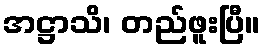
အဋ္ဌာသိ၊ တည်ဖူးပြီ။